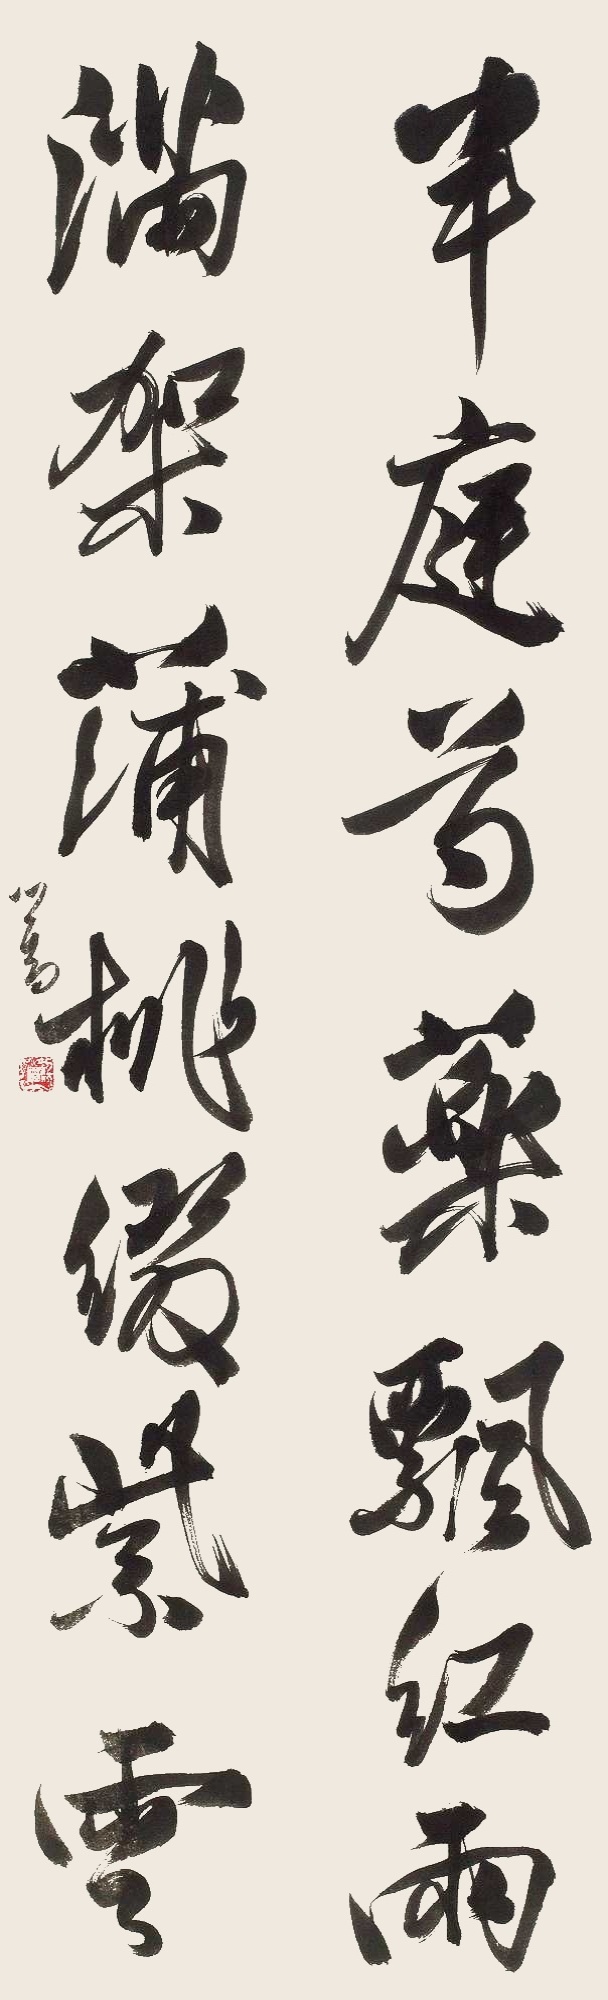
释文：半庭芍药飘红雨，满架蒲桃缀紫云。心畬。